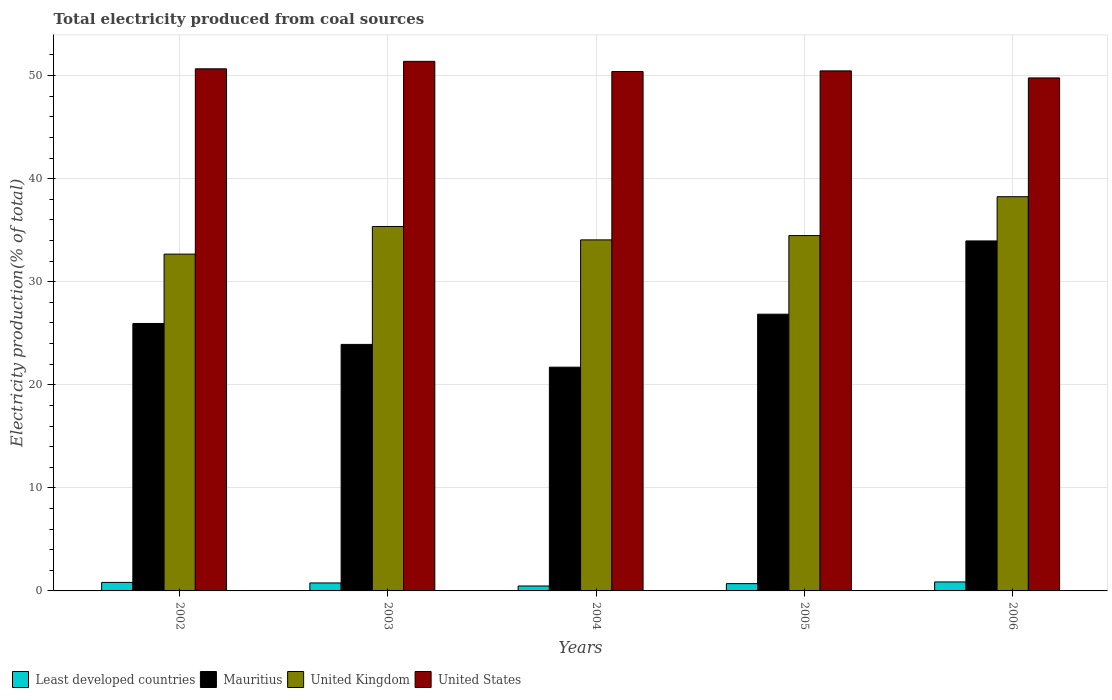
| Years | Least developed countries | Mauritius | United Kingdom | United States |
 | --- | --- | --- | --- | --- |
 | 2002 | 0.826 | 25.9 | 32.7 | 50.7 |
 | 2003 | 0.773 | 23.9 | 35.4 | 51.4 |
 | 2004 | 0.478 | 21.7 | 34.1 | 50.4 |
 | 2005 | 0.708 | 26.8 | 34.5 | 50.5 |
 | 2006 | 0.872 | 34 | 38.2 | 49.8 |